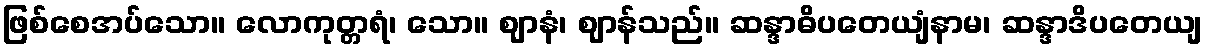
ဖြစ်စေအပ်သော။ လောကုတ္တရံ၊ သော။ ဈာနံ၊ ဈာန်သည်။ ဆန္ဒာဓိပတေယျံနာမ၊ ဆန္ဒာဒိပတေယျ